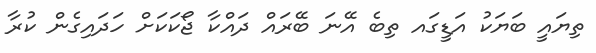
ތިޔައީ ބަޔަކު އަޑީގައ ތިބެ އޭނަ ބޭރައް ދައްކާ ޖޯކަކަށް ހަދައިގެން ކުރާ